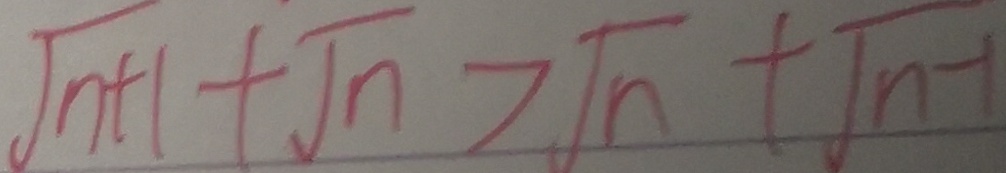
\sqrt { n + 1 } + \sqrt { n } > \sqrt { n } + \sqrt { n - 1 }